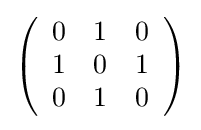
{\textstyle \left({\begin{array}{rrr}0&1&0\\1&0&1\\0&1&0\\\end{array}}\right)}